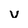
Character: v